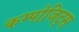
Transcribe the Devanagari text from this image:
कम्पोजिट्स